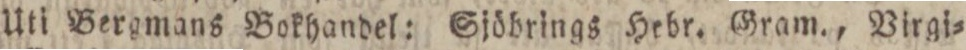
Uti Bergmans Bokhandel: Sjöbrings Hebr. Gram., Virgi=